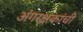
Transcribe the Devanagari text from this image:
अंगरक्षकांची